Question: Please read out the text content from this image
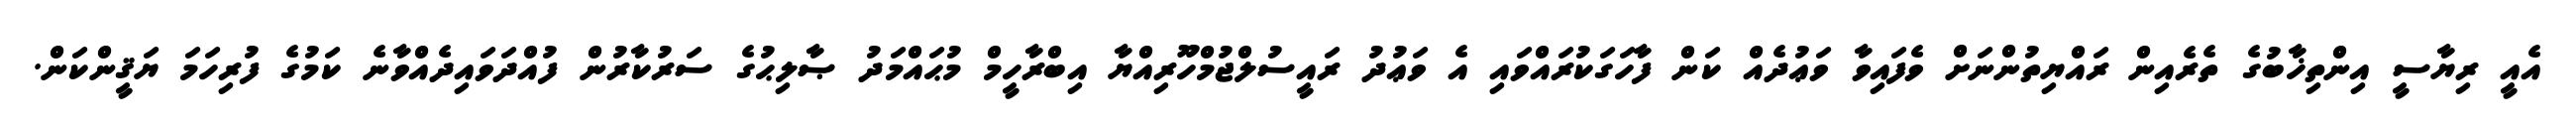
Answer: އެއީ ރިޔާސީ އިންތިޚާބުގެ ތެރެއިން ރައްޔިތުންނަށް ވެފައިވާ ވަޢުދެއް ކަން ފާހަގަކުރައްވައި އެ ވަޢުދު ރައީސުލްޖުމްހޫރިއްޔާ އިބްރާހީމް މުޙައްމަދު ޞާލިޙުގެ ސަރުކާރުން ފުއްދަވައިދެއްވާނެ ކަމުގެ ފުރިހަމަ ޔަޤީންކަން.